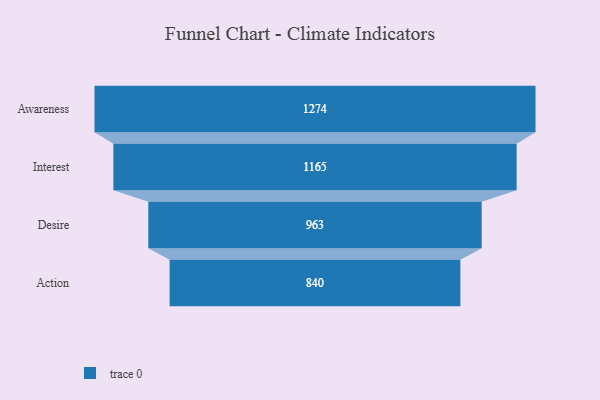
{"axis": {"x": "Stage", "y": "Value"}, "legend": [""], "data": [{"x": "Awareness", "y": 1274.0, "type": ""}, {"x": "Interest", "y": 1165.0, "type": ""}, {"x": "Desire", "y": 963.0, "type": ""}, {"x": "Action", "y": 840.0, "type": ""}]}